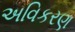
અવિકરણ